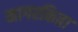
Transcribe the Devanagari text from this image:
नागरकिता